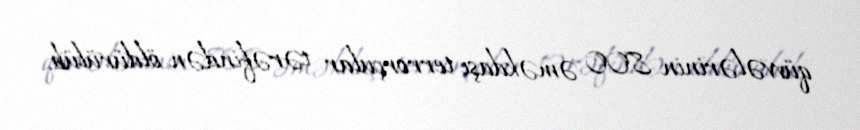
qüvvələrinin 800 əməkdaşı terrorçular tərəfindən öldürülüb.